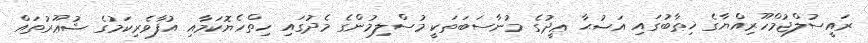
ރައީސުލްޖުމްހޫރިއްޔާގެ ޚިޠާބުގައި އަޟުޙާ ޢީދުގެ މުނާސަބަތަކީ މުސްލިމުންގެ މެދުގައި ހިތްހެޔޮކަމާއި އުފާވެރިކަމުގެ ޝުޢޫރުތައް